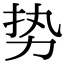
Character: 势